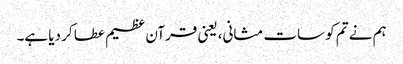
ہم نے تم کو سات مثانی، یعنی قرآن عظیم عطا کر دیا ہے۔